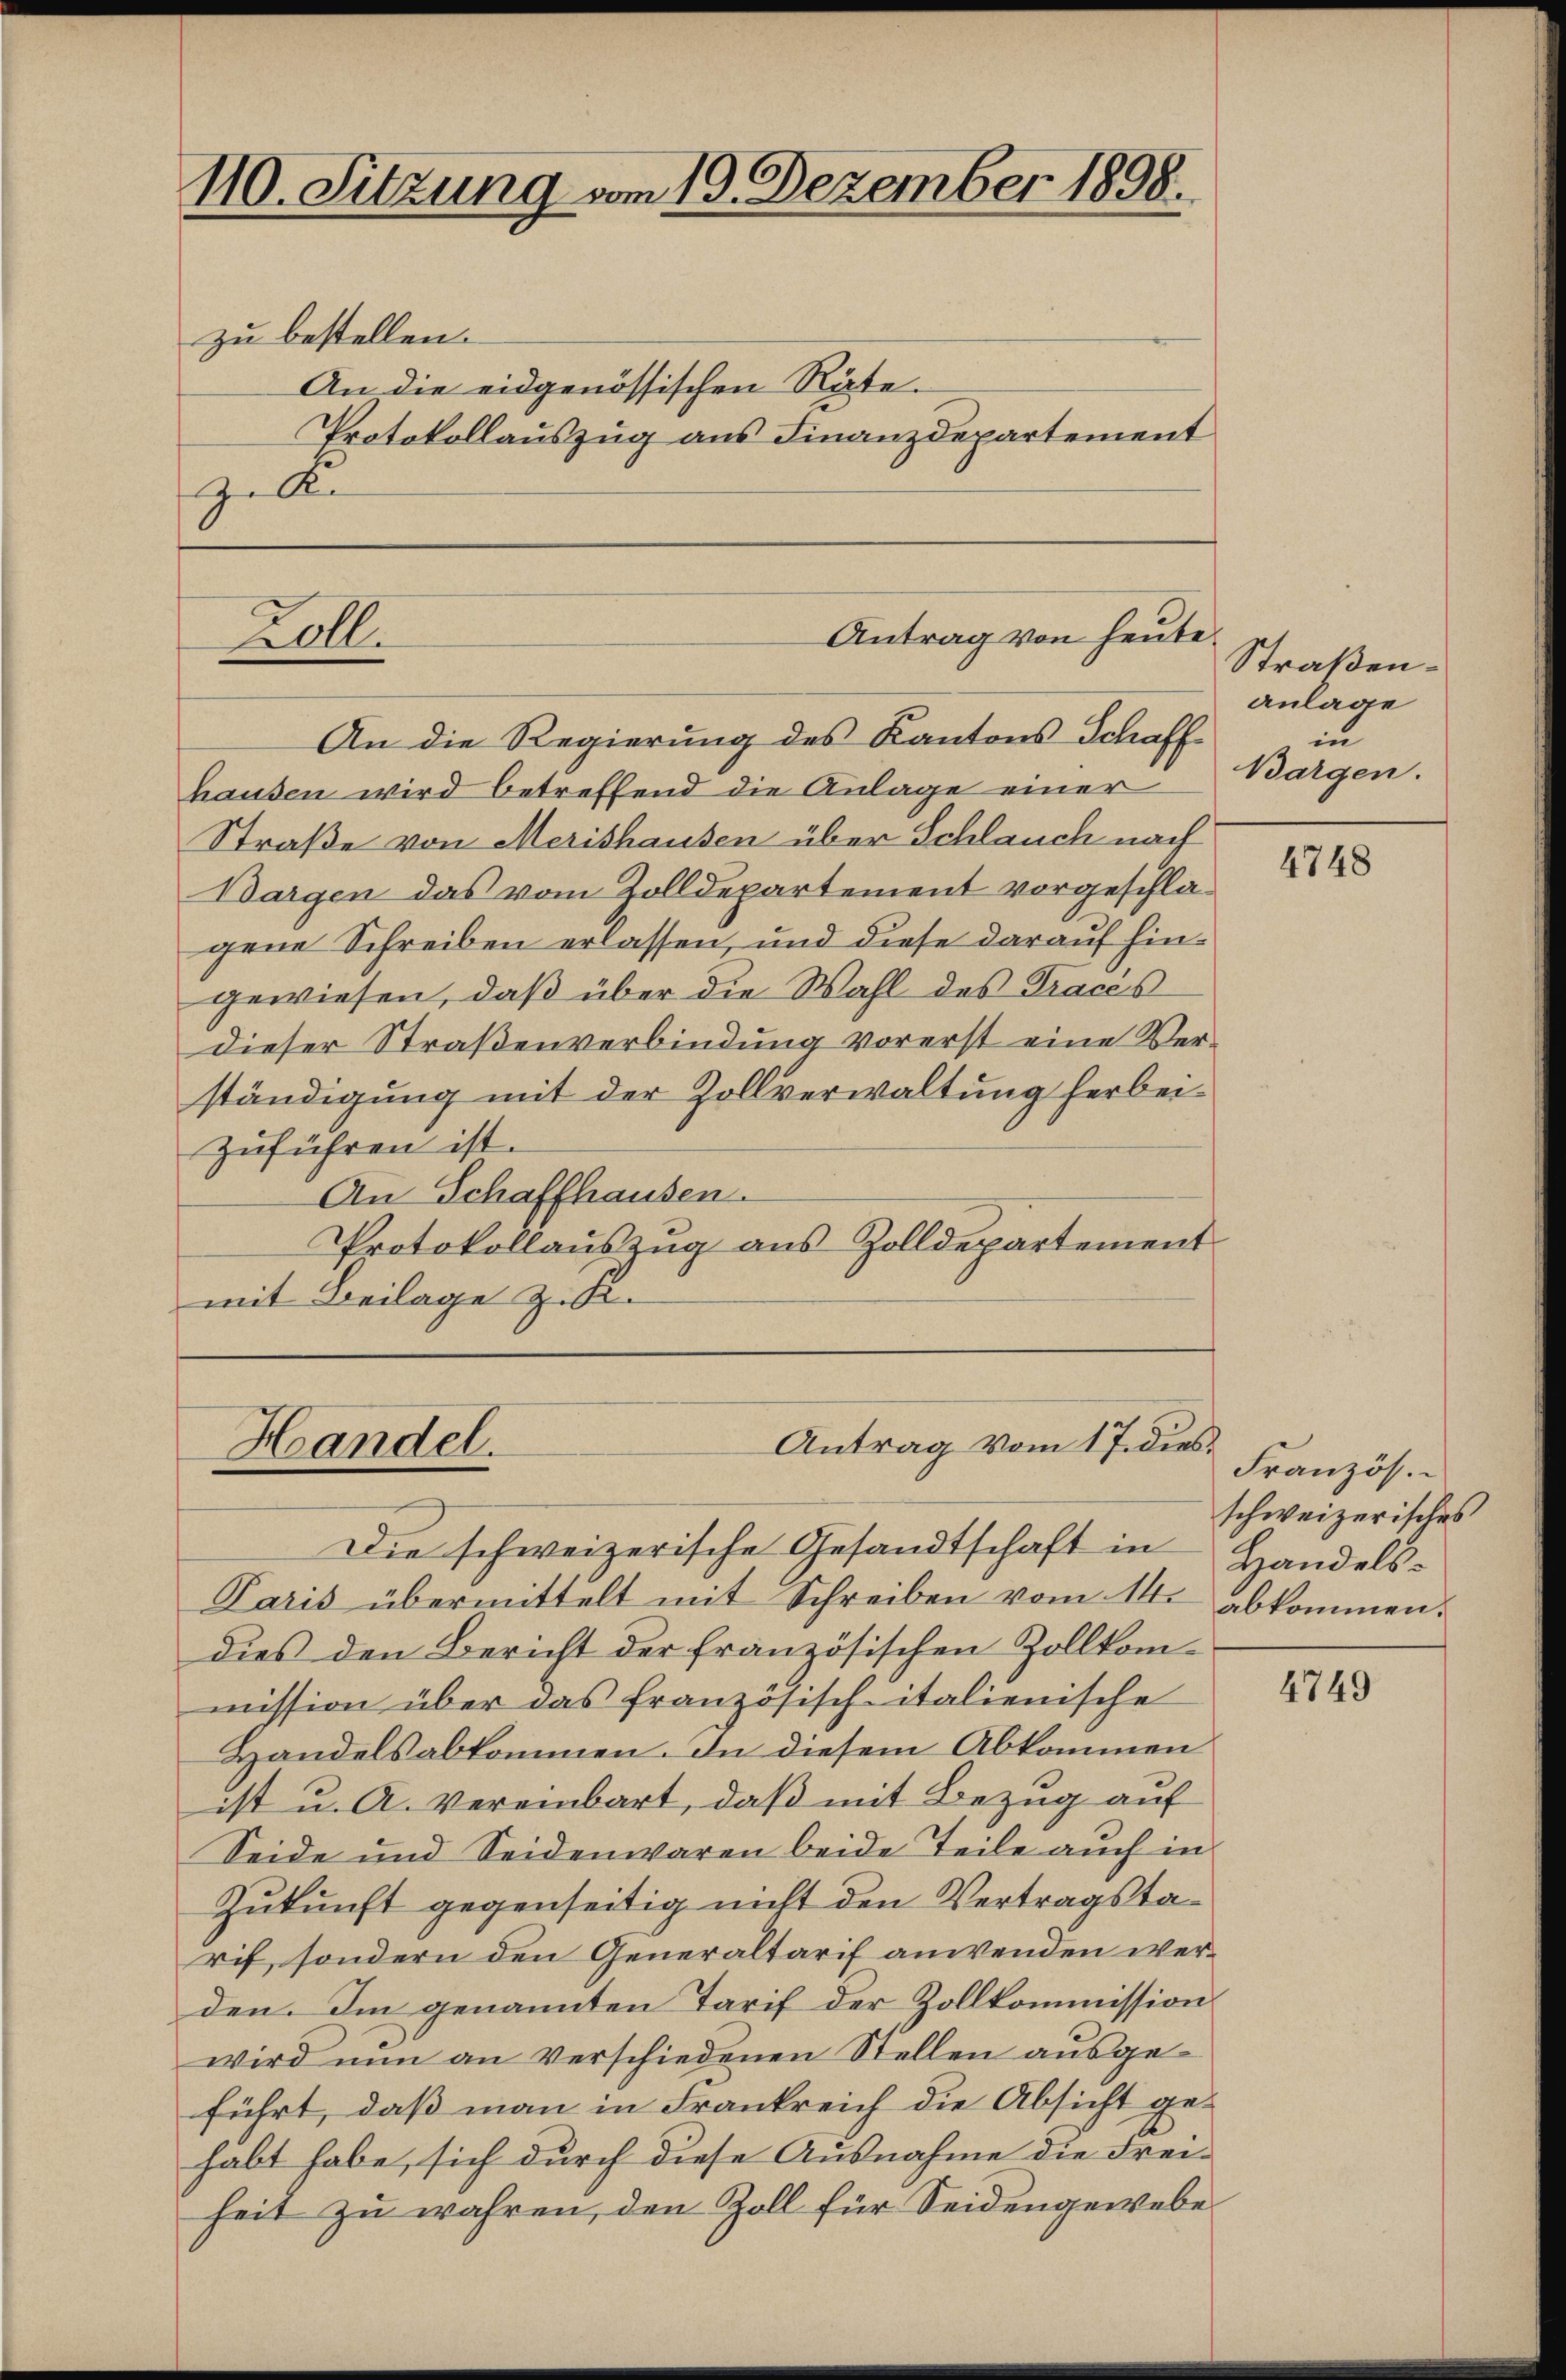
110. Sitzung vom 19. Dezember 1898.

zu bestellen.
An die eidgenössischen Räte.
Protokollauszug aus Finanzdepartement
z. Au

Loll.

An die Regierung des Kantons Schaffhausen wird betreffend die Anlage einer
Straße von Merishausen über Schlauch nach
Bargen das vom Zolldepartement vorgeschlagene Schreiben erlassen, und diese darauf hingewiesen, daß über die Wahl des Tracés
dieser Straßenverbindung vorerst eine Verständigung mit der Zollverwaltung herbeizŭführen ist.
An Schaffhausen.
Protokollauszug aus Zolldepartement
mit Beilage zu.

Antrag von heute

Antrag vom 17. dies¬
Handel.

Die schweizerische Gesandtschaft in Handels¬
Paris übermittelt mit Schreiben vom 14. abkommen.
dies den Bericht der französischen Zollkommission über das französisch-italienische
Handels abkommen. In diesem Abkommen
ist u. A. Vereinbart, daß mit Bezug auf
Seide und Seidenwaren beide Teile aŭch in
Zukunft gegenseitig nicht den Vertragstarif, sondern den Generaltarif anwenden werden. Im genannten Tarif der Zollkommission
wird nun an verschiedenen Stellen ausgeführt, daß man in Frankreich die Absicht gehabt habe, sich durch diese Ausnahme die Freiheit zu wahren, den Zoll für Seidengewebe

Straßen.
anlage
in
Bargen.

4748

Französ.
schweizerisches

4749